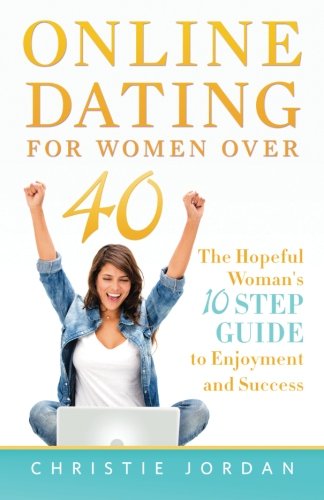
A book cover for Online Dating For Women Over 40: The Hopeful Woman's 10 Step Guide to Enjoyment and Success; Christie Jordan; Self-Help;